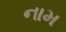
નામ